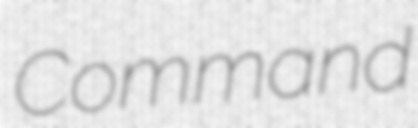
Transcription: Command